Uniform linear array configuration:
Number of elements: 48
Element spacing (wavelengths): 1
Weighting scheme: binomial
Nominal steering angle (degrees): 0
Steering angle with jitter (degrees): -0.3812
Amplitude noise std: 0.05
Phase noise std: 0.05

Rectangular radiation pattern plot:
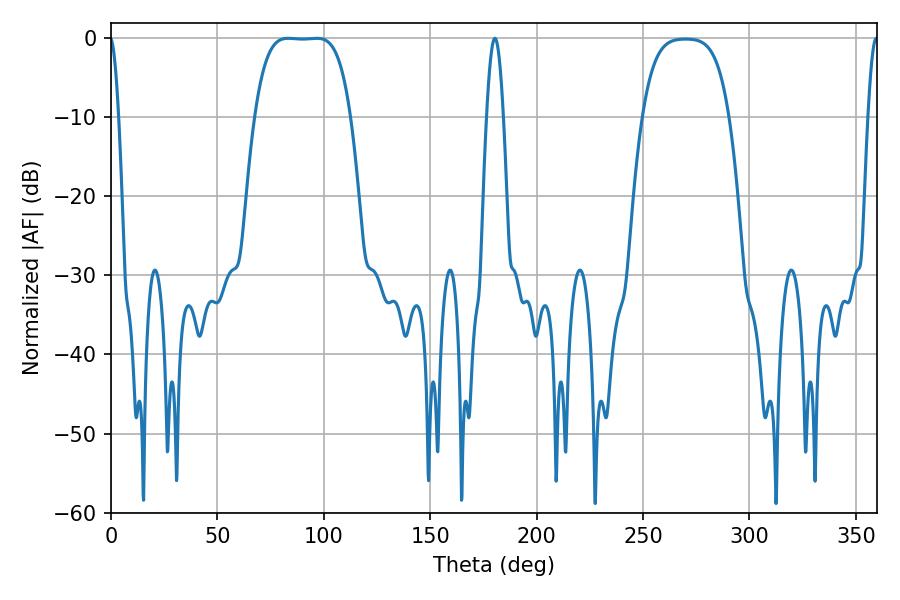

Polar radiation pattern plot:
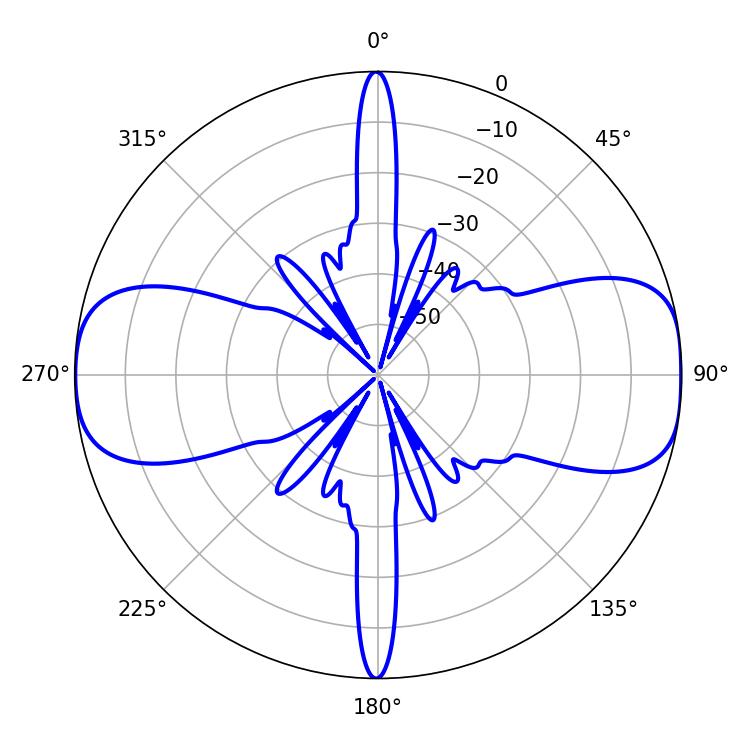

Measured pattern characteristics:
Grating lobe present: TRUE
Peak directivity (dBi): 12.757
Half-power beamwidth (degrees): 34.56
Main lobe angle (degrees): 83.34